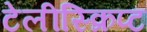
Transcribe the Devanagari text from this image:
टेलीस्क्रिप्ट